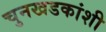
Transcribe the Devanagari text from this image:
चुनखडकांशी